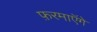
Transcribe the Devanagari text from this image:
फ़रमाएॅगे